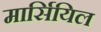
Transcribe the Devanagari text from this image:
मार्सियिल